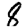
Digit: 8